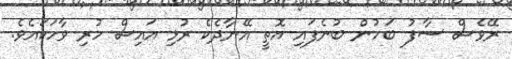
ރޭވެސް ސާފު ބަހުން ބުނެފައި އޮތީ އޭނާދެކެ ރުޅި އައިސް ހުރި ވާހަކައެވެ.